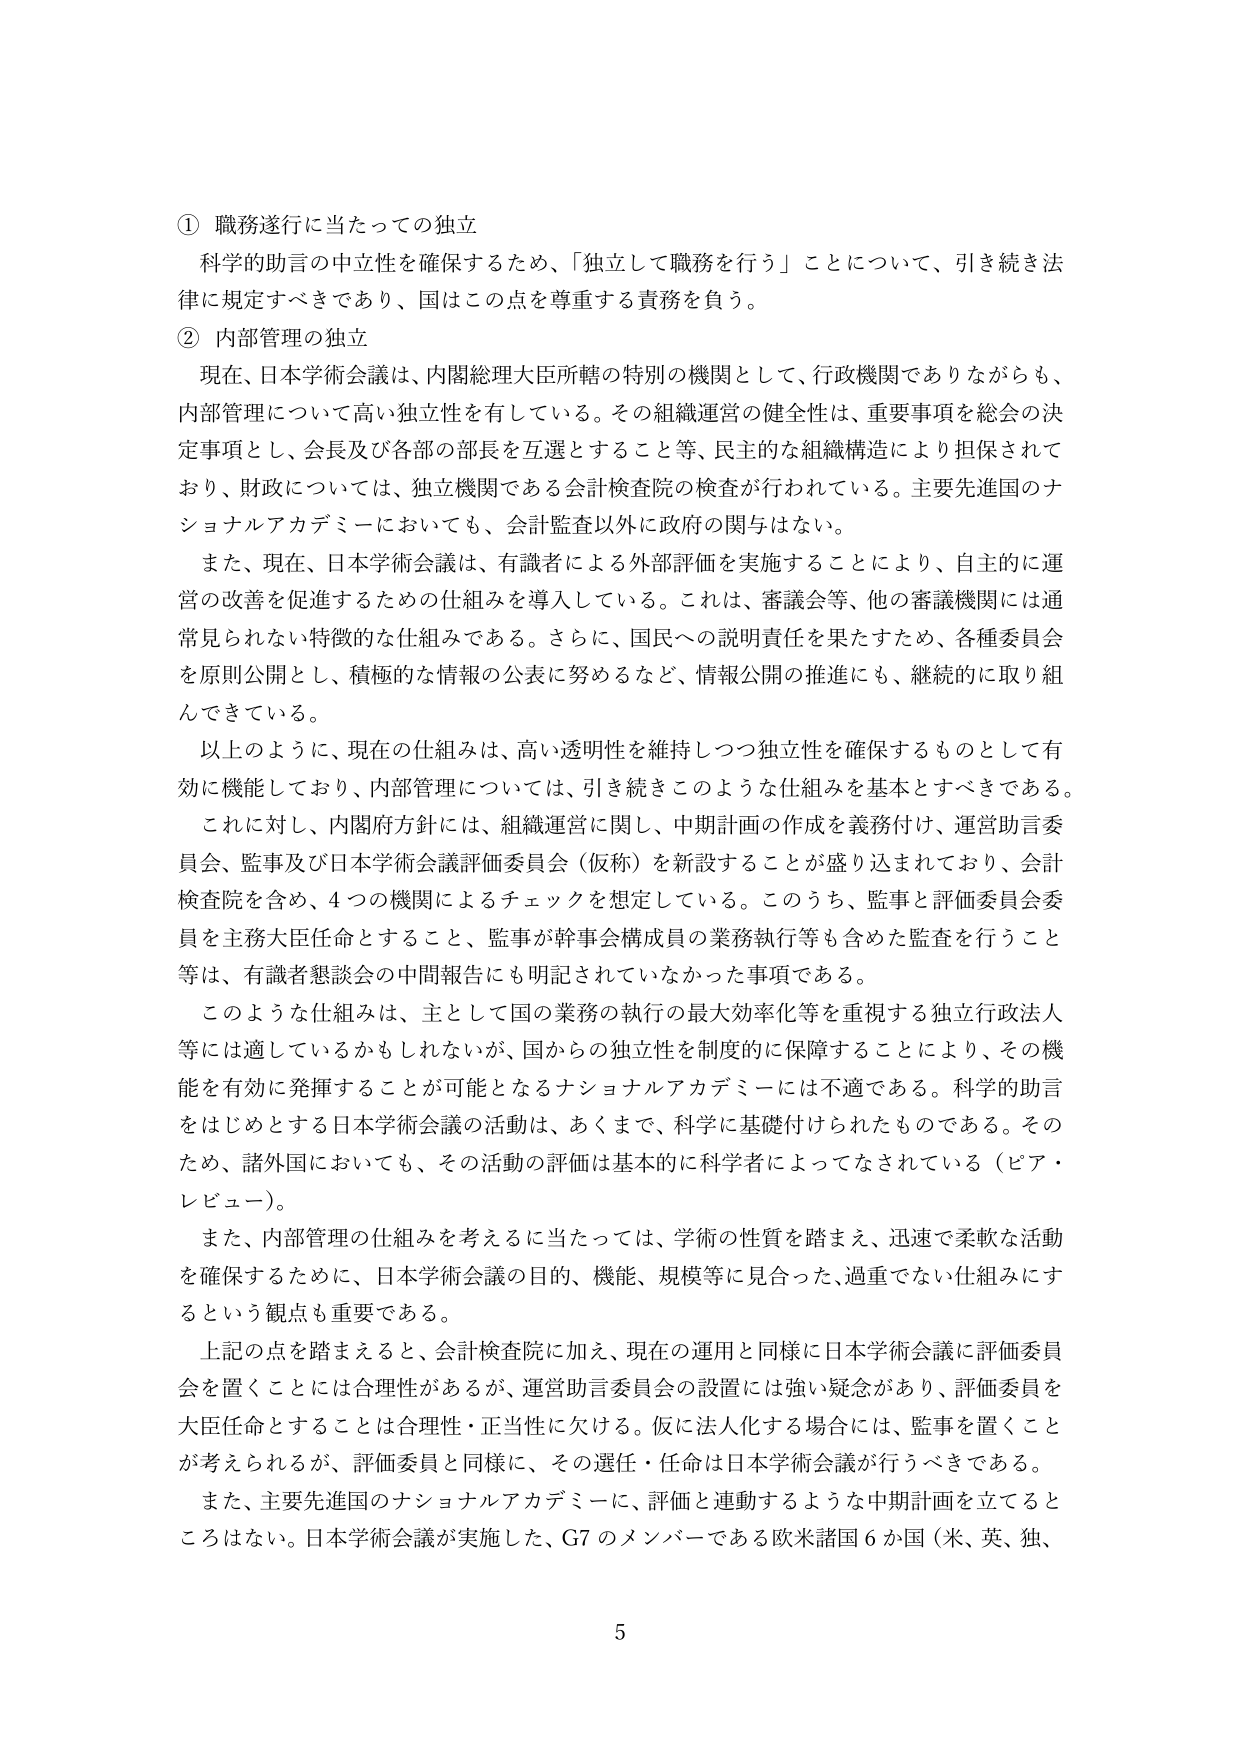
① 職務遂行に当たっての独立
科学的助言の中立性を確保するため、「独立して職務を行う」ことについて、引き続き法律に規定すべきであり、国はこの点を尊重する責務を負う。

② 内部管理の独立
現在、日本学術会議は、内閣総理大臣所轄の特別の機関として、行政機関でありながらも、内部管理について高い独立性を有している。その組織運営の健全性は、重要事項を総会の決定事項とし、会長及び各部の部長を互選すること等、民主的な組織構造により担保されており、財政については、独立機関である会計検査院の検査が行われている。主要先進国のナショナルアカデミーにおいても、会計監査以外に政府の関与はない。

また、現在、日本学術会議は、有識者による外部評価を実施することにより、自主的に運営の改善を促進するための仕組みを導入している。これは、審議会等、他の審議機関には通常見られない特徴的な仕組みである。さらに、国民への説明責任を果たすため、各種委員会を原則公開とし、積極的な情報の公表に努めるなど、情報公開の推進にも、継続的に取り組んできている。

以上のように、現在の仕組みは、高い透明性を維持しつつ独立性を確保するものとして有効に機能しており、内部管理については、引き続きこのような仕組みを基本とすべきである。

これに対し、内閣府方針には、組織運営に関し、中期計画の作成を義務付け、運営助言委員会、監事及び日本学術会議評価委員会（仮称）を新設することが盛り込まれており、会計検査院を含め、4つの機関によるチェックを想定している。このうち、監事と評価委員会委員を主務大臣任命とすること、監事が幹事会構成員の業務執行等も含めた監査を行うこと等は、有識者懇談会の中間報告にも明記されていなかった事項である。

このような仕組みは、主として国の業務の執行の最大効率化等を重視する独立行政法人等には適しているかもしれないが、国からの独立性を制度的に保障することにより、その機能を有効に発揮することが可能となるナショナルアカデミーには不適である。科学的助言をはじめとする日本学術会議の活動は、あくまで、科学に基礎付けられたものである。そのため、諸外国においても、その活動の評価は基本的に科学者によってなされている（ピア・レビュー）。

また、内部管理の仕組みを考えるに当たっては、学術の性質を踏まえ、迅速で柔軟な活動を確保するために、日本学術会議の目的、機能、規模等に見合った、過重でない仕組みにするという観点も重要である。

上記の点を踏まえると、会計検査院に加え、現在の運用と同様に日本学術会議に評価委員会を置くことには合理性があるが、運営助言委員会の設置には強い疑念があり、評価委員を大臣任命とすることは合理性・正当性に欠ける。仮に法人化する場合には、監事を置くことが考えられるが、評価委員と同様に、その選任・任命は日本学術会議が行うべきである。

また、主要先進国のナショナルアカデミーに、評価と連動するような中期計画を立てるところはない。日本学術会議が実施した、G7のメンバーである欧米諸国6か国（米、英、独、

5